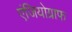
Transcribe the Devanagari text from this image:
एंजियोग्राफ